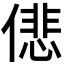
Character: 𠎩